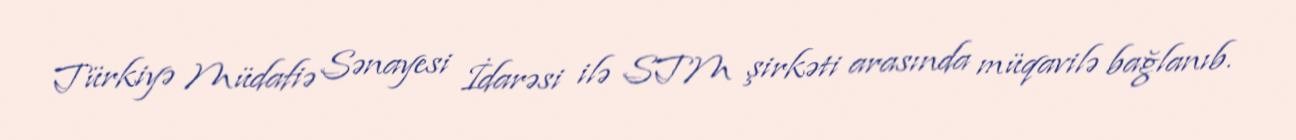
Türkiyə Müdafiə Sənayesi İdarəsi ilə STM şirkəti arasında müqavilə bağlanıb.